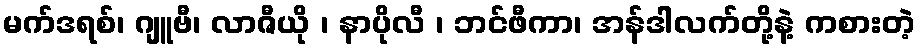
မက်ဒရစ်၊ ဂျူဗီ၊ လာဇီယို ၊ နာပိုလီ ၊ ဘင်ဖီကာ၊ အန်ဒါလက်တို့နဲ့ ကစားတဲ့